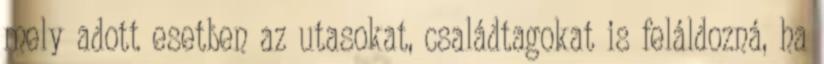
mely adott esetben az utasokat, családtagokat is feláldozná, ha